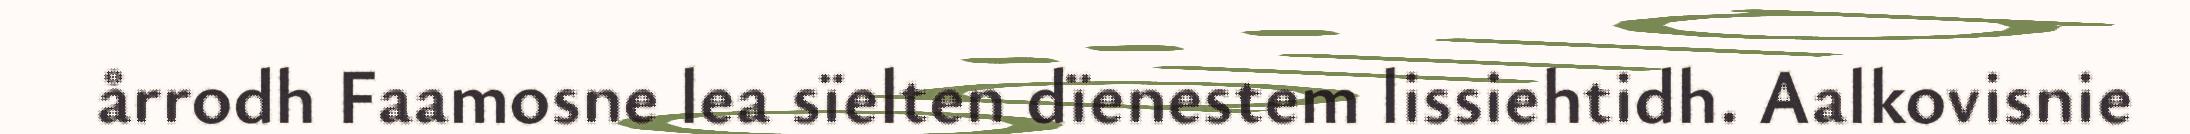
årrodh Faamosne lea sïelten dïenestem lissiehtidh. Aalkovisnie